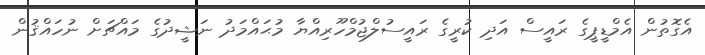
އެގޮތުން އެމްޑީޕީގެ ރައީސް އަދި ކުރީގެ ރައީސުލްޖުމްހޫރިއްޔާ މުޙައްމަދު ނަޝީދުގެ މައްޗަށް ނުހައްޤުން